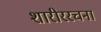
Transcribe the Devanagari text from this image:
शारीररचना